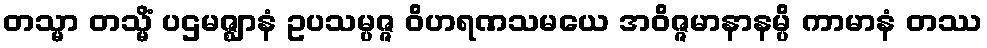
တသ္မာ တသ္မိံ ပဌမဇ္ဈာနံ ဥပသမ္ပဇ္ဇ ဝိဟရဏသမယေ အဝိဇ္ဇမာနာနမ္ပိ ကာမာနံ တဿ